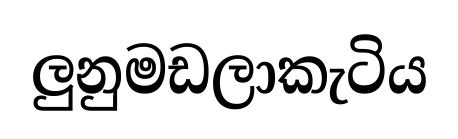
ලුනුමඩලාකැටිය